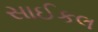
સાઈકલ